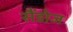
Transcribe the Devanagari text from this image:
सैंडोज